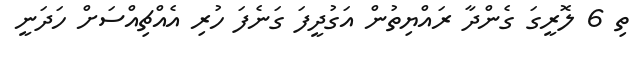
ތި 6 ލޮރީގަ ގެންދާ ރައްޔިތުން އަގުދީފަ ގަނެފަ ހުރި އެއްޗިއްސަށް ހަދަނީ